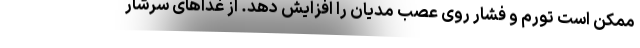
ممکن است تورم و فشار روی عصب مدیان را افزایش دهد. از غذاهای سرشار